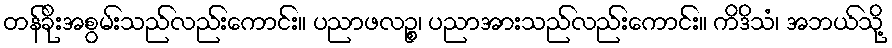
တန်ခိုးအစွမ်းသည်လည်းကောင်း။ ပညာဖလဉ္စ၊ ပညာအားသည်လည်းကောင်း။ ကိဒိသံ၊ အဘယ်သို့